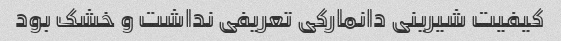
کیفیت شیرینی دانمارکی تعریفی نداشت و خشک بود